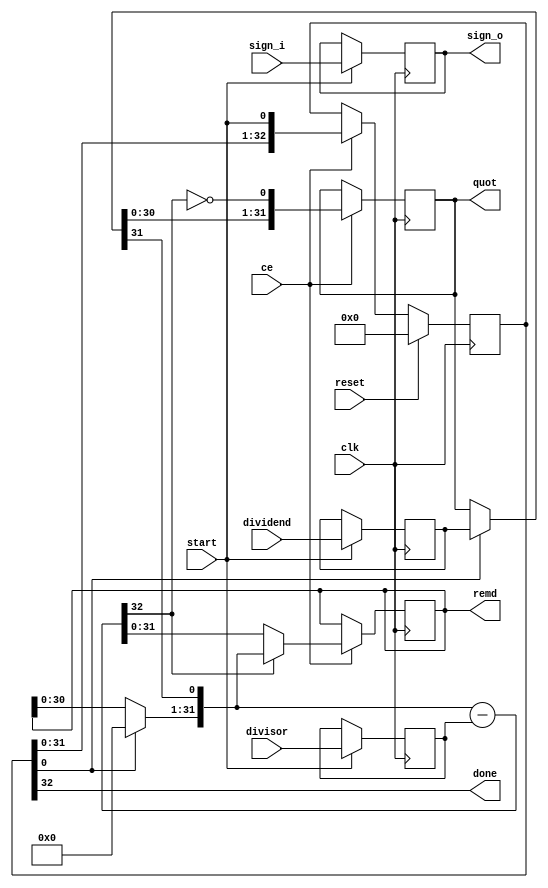
// 67d7842dbbe25473c3c32b93c0da8047785f30d78e8a024de1b57352245f9689
// ==============================================================
// Vitis HLS - High-Level Synthesis from C, C++ and OpenCL v2020.2 (64-bit)
// Copyright 1986-2020 Xilinx, Inc. All Rights Reserved.
// ==============================================================
`timescale 1 ns / 1 ps

module nnlayer_sdiv_24ns_17s_24_28_seq_1_divseq
#(parameter
    in0_WIDTH = 32,
    in1_WIDTH = 32,
    out_WIDTH = 32
)
(
    input                       clk,
    input                       reset,
    input                       ce,
    input                       start,
    input       [in0_WIDTH-1:0] dividend,
    input       [in1_WIDTH-1:0] divisor,
    input       [1:0]           sign_i,
    output wire [1:0]           sign_o,
    output wire                 done,
    output wire [out_WIDTH-1:0] quot,
    output wire [out_WIDTH-1:0] remd
);

localparam cal_WIDTH = (in0_WIDTH > in1_WIDTH)? in0_WIDTH : in1_WIDTH;

//------------------------Local signal-------------------
reg     [in0_WIDTH-1:0] dividend0;
reg     [in1_WIDTH-1:0] divisor0;
reg     [1:0]           sign0;
reg     [in0_WIDTH-1:0] dividend_tmp;
reg     [in0_WIDTH-1:0] remd_tmp;
wire    [in0_WIDTH-1:0] dividend_tmp_mux;
wire    [in0_WIDTH-1:0] remd_tmp_mux;
wire    [in0_WIDTH-1:0] comb_tmp;
wire    [cal_WIDTH:0]   cal_tmp;

//------------------------Body---------------------------
assign  quot   = dividend_tmp;
assign  remd   = remd_tmp;
assign  sign_o = sign0;

// dividend0, divisor0
always @(posedge clk)
begin
    if (start) begin
        dividend0 <= dividend;
        divisor0  <= divisor;
        sign0     <= sign_i;
    end
end

// One-Hot Register
// r_stage[0]=1:accept input; r_stage[in0_WIDTH]=1:done
reg     [in0_WIDTH:0]     r_stage;
assign done = r_stage[in0_WIDTH];
always @(posedge clk)
begin
    if (reset == 1'b1)
        r_stage[in0_WIDTH:0] <= {in0_WIDTH{1'b0}};
    else if (ce)
        r_stage[in0_WIDTH:0] <= {r_stage[in0_WIDTH-1:0], start};
end

// MUXs
assign  dividend_tmp_mux = r_stage[0]? dividend0 : dividend_tmp;
assign  remd_tmp_mux     = r_stage[0]? {in0_WIDTH{1'b0}} : remd_tmp;

if (in0_WIDTH == 1) assign comb_tmp = dividend_tmp_mux[0];
else                assign comb_tmp = {remd_tmp_mux[in0_WIDTH-2:0], dividend_tmp_mux[in0_WIDTH-1]};

assign  cal_tmp  = {1'b0, comb_tmp} - {1'b0, divisor0};

always @(posedge clk)
begin
    if (ce) begin
        if (in0_WIDTH == 1) dividend_tmp <= ~cal_tmp[cal_WIDTH];
        else           dividend_tmp <= {dividend_tmp_mux[in0_WIDTH-2:0], ~cal_tmp[cal_WIDTH]};
        remd_tmp     <= cal_tmp[cal_WIDTH]? comb_tmp : cal_tmp[in0_WIDTH-1:0];
    end
end

endmodule

module nnlayer_sdiv_24ns_17s_24_28_seq_1
#(parameter
        ID   = 1,
        NUM_STAGE   = 2,
        din0_WIDTH   = 32,
        din1_WIDTH   = 32,
        dout_WIDTH   = 32
)
(
        input                           clk,
        input                           reset,
        input                           ce,
        input                           start,
        output  reg                     done,
        input           [din0_WIDTH-1:0] din0,
        input           [din1_WIDTH-1:0] din1,
        output          [dout_WIDTH-1:0] dout
);
//------------------------Local signal-------------------
reg                       start0 = 'b0;
wire                      done0;
reg     [din0_WIDTH-1:0] dividend0;
reg     [din1_WIDTH-1:0] divisor0;
wire    [din0_WIDTH-1:0] dividend_u;
wire    [din1_WIDTH-1:0] divisor_u;
wire    [dout_WIDTH-1:0] quot_u;
wire    [dout_WIDTH-1:0] remd_u;
reg     [dout_WIDTH-1:0] quot;
reg     [dout_WIDTH-1:0] remd;
wire    [1:0]   sign_i;
wire    [1:0]   sign_o;
//------------------------Instantiation------------------
nnlayer_sdiv_24ns_17s_24_28_seq_1_divseq #(
    .in0_WIDTH      ( din0_WIDTH ),
    .in1_WIDTH      ( din1_WIDTH ),
    .out_WIDTH      ( dout_WIDTH )
) nnlayer_sdiv_24ns_17s_24_28_seq_1_divseq_u (
    .clk      ( clk ),
    .reset    ( reset ),
    .ce       ( ce ),
    .start    ( start0 ),
    .done     ( done0 ),
    .dividend ( dividend_u ),
    .divisor  ( divisor_u ),
    .sign_i   ( sign_i ),
    .sign_o   ( sign_o ),
    .quot     ( quot_u ),
    .remd     ( remd_u )
);
//------------------------Body---------------------------
assign sign_i     = {dividend0[din0_WIDTH-1] ^ divisor0[din1_WIDTH-1], dividend0[din0_WIDTH-1]};
assign dividend_u = dividend0[din0_WIDTH-1]? ~dividend0[din0_WIDTH-1:0] + 1'b1 :
                                              dividend0[din0_WIDTH-1:0];
assign divisor_u  = divisor0[din1_WIDTH-1]?  ~divisor0[din1_WIDTH-1:0] + 1'b1 :
                                              divisor0[din1_WIDTH-1:0];

always @(posedge clk)
begin
    if (ce) begin
        dividend0 <= din0;
        divisor0  <= din1;
        start0    <= start;
    end
end

always @(posedge clk)
begin
    done <= done0;
end

always @(posedge clk)
begin
    if (done0) begin
        if (sign_o[1])
            quot <= ~quot_u + 1'b1;
        else
            quot <= quot_u;
    end
end

always @(posedge clk)
begin
    if (done0) begin
        if (sign_o[0])
            remd <= ~remd_u + 1'b1;
        else
            remd <= remd_u;
    end
end

assign dout = quot;

endmodule